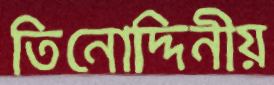
তিনোদ্দিনীয়